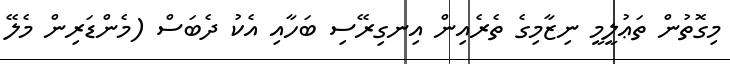
މިގޮތުން ތަޢުލީމީ ނިޒާމިގެ ތެރެއިން އިނގިރޭސި ބަހާއި އެކު ދެބަސް (މެންޑަރިން މެލޭ